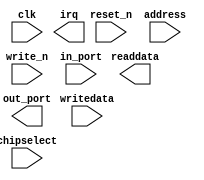
module gpio (
		input  wire        clk,        //                 clk.clk
		input  wire        reset_n,    //               reset.reset_n
		input  wire [2:0]  address,    //                  s1.address
		input  wire        write_n,    //                    .write_n
		input  wire [31:0] writedata,  //                    .writedata
		input  wire        chipselect, //                    .chipselect
		output wire [31:0] readdata,   //                    .readdata
		input  wire [31:0] in_port,    // external_connection.in_port
		output wire [31:0] out_port,   //                    .out_port
		output wire        irq         //                 irq.irq
	);
endmodule